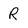
Character: R